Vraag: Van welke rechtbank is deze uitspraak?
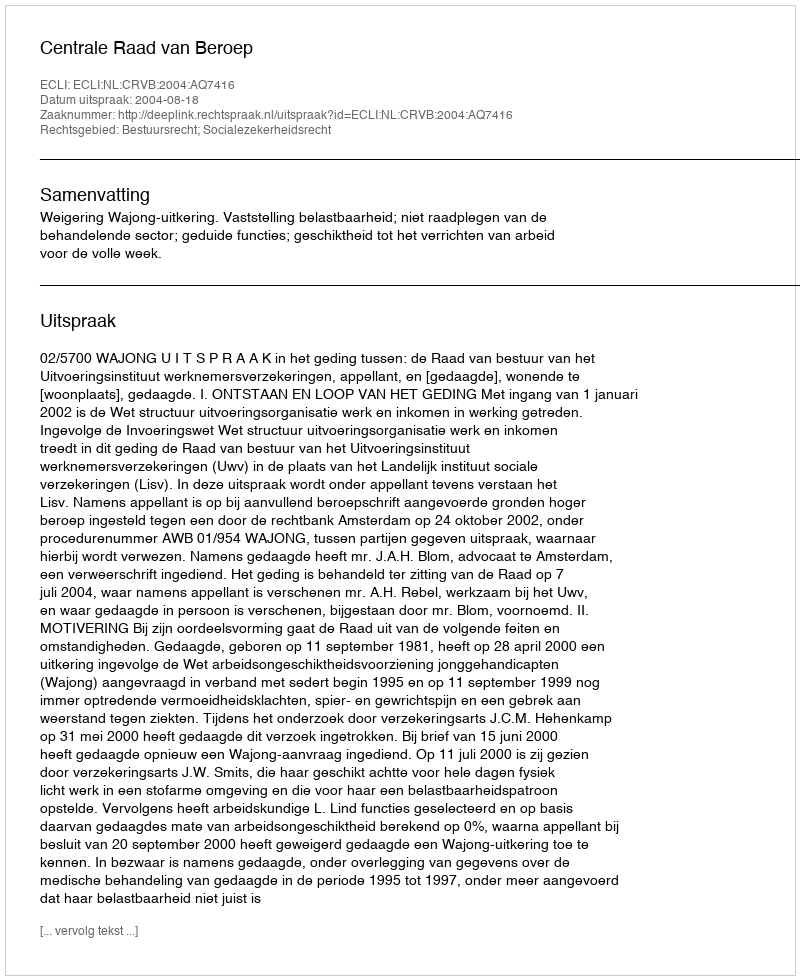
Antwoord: Centrale Raad van Beroep